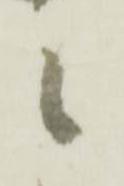
候